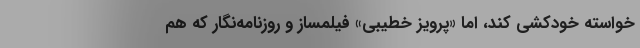
خواسته خودکشی کند، اما «پرویز خطیبی» فیلمساز و روزنامه‌نگار که هم